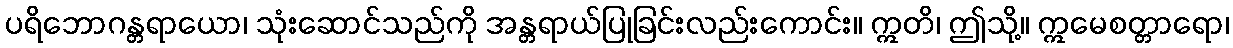
ပရိဘောဂန္တရာယော၊ သုံးဆောင်သည်ကို အန္တရာယ်ပြုခြင်းလည်းကောင်း။ ဣတိ၊ ဤသို့။ ဣမေစတ္တာရော၊